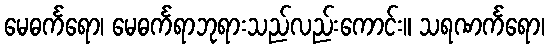
မေဓင်္ကရော၊ မေဓင်္ကရာဘုရားသည်လည်းကောင်း။ သရဏင်္ကရော၊